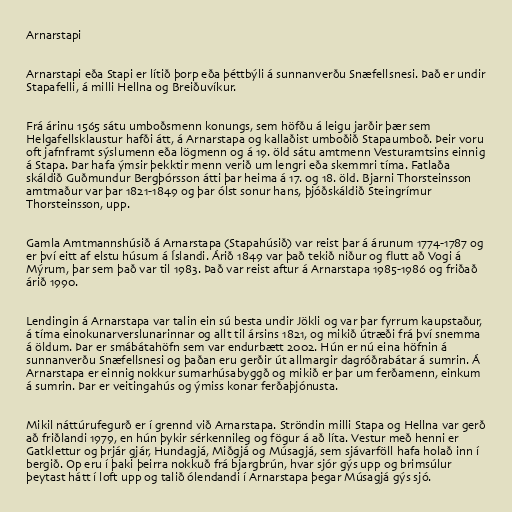
Arnarstapi

Arnarstapi eða Stapi er lítið þorp eða þéttbýli á sunnanverðu Snæfellsnesi. Það er undir
Stapafelli, á milli Hellna og Breiðuvíkur.

Frá árinu 1565 sátu umboðsmenn konungs, sem höfðu á leigu jarðir þær sem
Helgafellsklaustur hafði átt, á Arnarstapa og kallaðist umboðið Stapaumboð. Þeir voru
oft jafnframt sýslumenn eða lögmenn og á 19. öld sátu amtmenn Vesturamtsins einnig
á Stapa. Þar hafa ýmsir þekktir menn verið um lengri eða skemmri tíma. Fatlaða
skáldið Guðmundur Bergþórsson átti þar heima á 17. og 18. öld. Bjarni Thorsteinsson
amtmaður var þar 1821-1849 og þar ólst sonur hans, þjóðskáldið Steingrímur
Thorsteinsson, upp.

Gamla Amtmannshúsið á Arnarstapa (Stapahúsið) var reist þar á árunum 1774-1787 og
er því eitt af elstu húsum á Íslandi. Árið 1849 var það tekið niður og flutt að Vogi á
Mýrum, þar sem það var til 1983. Það var reist aftur á Arnarstapa 1985-1986 og friðað
árið 1990.

Lendingin á Arnarstapa var talin ein sú besta undir Jökli og var þar fyrrum kaupstaður,
á tíma einokunarverslunarinnar og allt til ársins 1821, og mikið útræði frá því snemma
á öldum. Þar er smábátahöfn sem var endurbætt 2002. Hún er nú eina höfnin á
sunnanverðu Snæfellsnesi og þaðan eru gerðir út allmargir dagróðrabátar á sumrin. Á
Arnarstapa er einnig nokkur sumarhúsabyggð og mikið er þar um ferðamenn, einkum
á sumrin. Þar er veitingahús og ýmiss konar ferðaþjónusta.

Mikil náttúrufegurð er í grennd við Arnarstapa. Ströndin milli Stapa og Hellna var gerð
að friðlandi 1979, en hún þykir sérkennileg og fögur á að líta. Vestur með henni er
Gatklettur og þrjár gjár, Hundagjá, Miðgjá og Músagjá, sem sjávarföll hafa holað inn í
bergið. Op eru í þaki þeirra nokkuð frá bjargbrún, hvar sjór gýs upp og brimsúlur
þeytast hátt í loft upp og talið ólendandi í Arnarstapa þegar Músagjá gýs sjó.